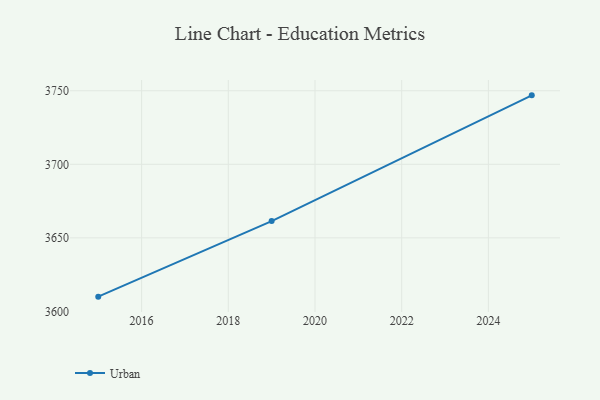
{"axis": {"x": "Year", "y": "Gross Profit (USD K)"}, "legend": ["Urban"], "data": [{"x": "2025", "y": 3746.9, "type": "Urban"}, {"x": "2019", "y": 3661.4, "type": "Urban"}, {"x": "2015", "y": 3610.0, "type": "Urban"}]}